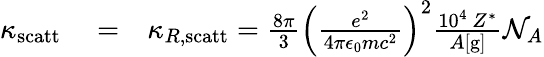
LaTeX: \begin{array}{rlr}{\kappa_{\mathrm{scatt}}}&{{}=}&{\kappa_{R,\mathrm{scatt}}=\frac{8\pi}{3}\left(\frac{e^{2}}{4\pi\epsilon_{0}mc^{2}}\right)^{2}\frac{10^{4}~Z^{*}}{A[\mathrm{g}]}\mathcal{N}_{A}}\end{array}